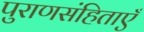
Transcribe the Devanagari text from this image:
पुराणसंहिताएँ